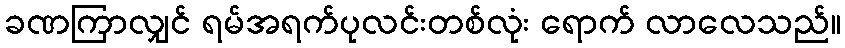
ခဏကြာလျှင် ရမ်အရက်ပုလင်းတစ်လုံး ရောက် လာလေသည်။